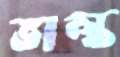
ভাল্ক